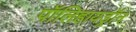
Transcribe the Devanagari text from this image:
पॉलिहायड्रॉन